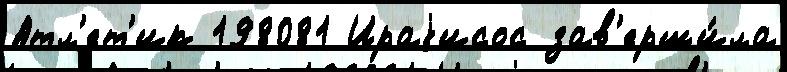
Атл'ет'ик 198081 Ираjисос зав'ерши́ла